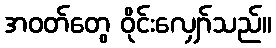
အဝတ်တွေ ဝိုင်းလျှော်သည်။